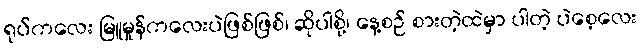
ရုပ်ကလေး မြူမှုန်ကလေးပဲဖြစ်ဖြစ်၊ ဆိုပါစို့၊ နေ့စဉ် စားတဲ့ထဲမှာ ပါတဲ့ ပဲစေ့လေး